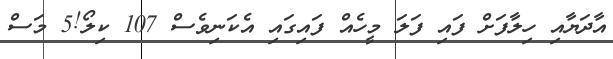
އާދަޔާއި ހިލާފަށް ފައި ފަލަ މީހެއް ފައިގައި އެކަނިވެސް 107 ކިލޯ!5 މަސް